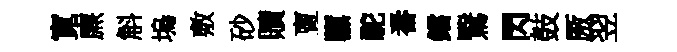
寛㢘斛塢敷砂贖亶隳駝番鐺鷖閃鼓厫翌